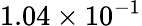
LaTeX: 1.04\times 10^{-1}